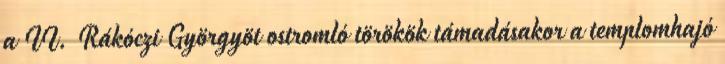
a II. Rákóczi Györgyöt ostromló törökök támadásakor a templomhajó